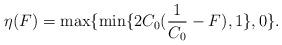
LaTeX: \begin{align*}\eta(F)=\max\{\min\{2C_0(\frac{1}{C_0}-F),1\},0\}.\end{align*}